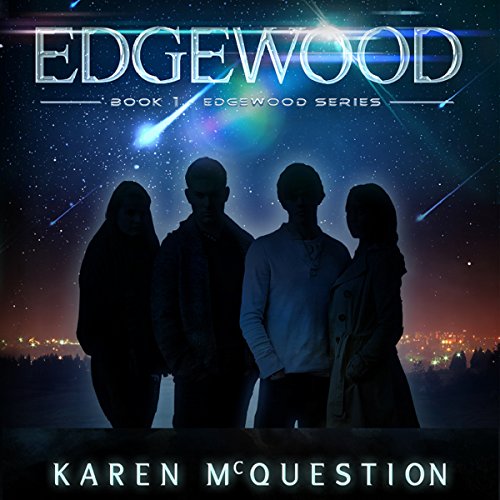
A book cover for Edgewood; Karen McQuestion; Science Fiction & Fantasy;